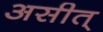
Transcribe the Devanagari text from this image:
असीत्